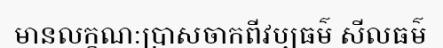
មានលក្ខណ:ប្រាសចាកពីវប្បធម៌ សីលធម៌